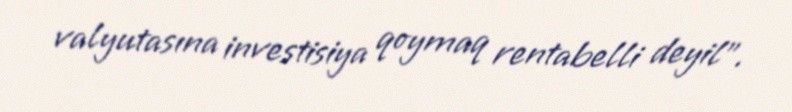
valyutasına investisiya qoymaq rentabelli deyil”.